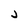
Character: j